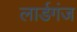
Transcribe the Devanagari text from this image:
लार्डगंज